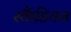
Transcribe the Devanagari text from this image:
स्कैंडियम